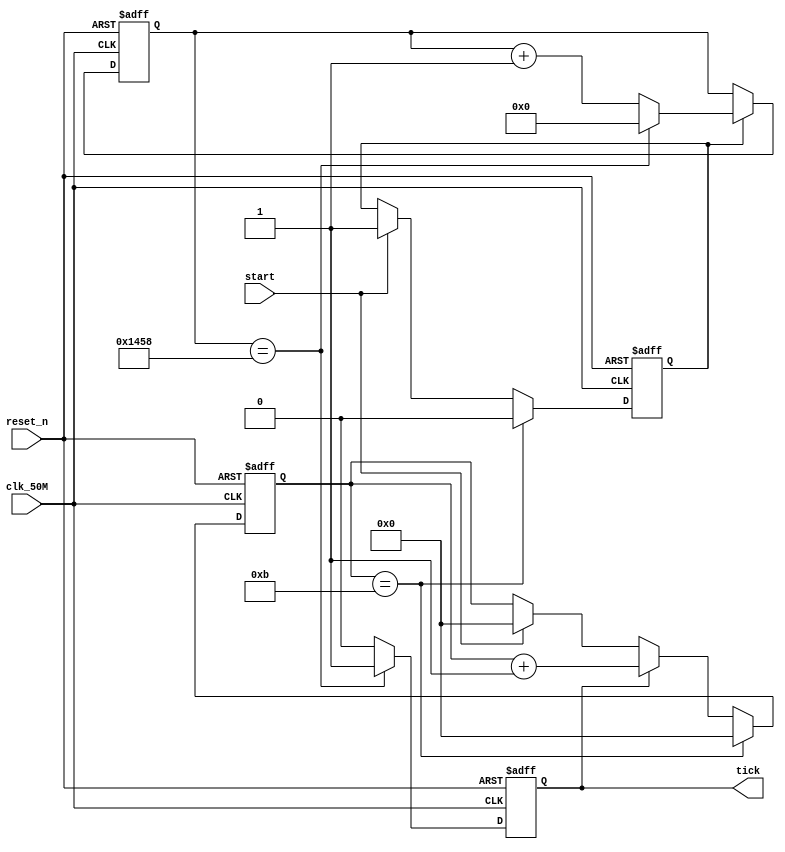
module tx_time_gen(
	input clk_50M,
	input reset_n,
	input start,		//Input for Trigger Counter
	output reg tick	//9600Hz output for tx
);	
		reg [3:0] ticked;
		reg count_enable;
		reg [12:0] counter;
		always@(posedge clk_50M,negedge reset_n)begin
			if(!reset_n) counter <= 13'd0;
			else if(count_enable)begin	//count_enable
				if(counter == 13'd5208)	counter <= 13'd0;
				else counter <= counter + 13'd1;
			end 
			else begin
				counter <= counter;
			end
		end
	
		always@(posedge clk_50M,negedge reset_n)begin
			if(!reset_n) tick <= 1'b0;
			else if(counter == 13'd5208) tick <= 1'b1;
			else tick <= 1'b0;
		end	
		
		//Monitoring
		always@(posedge clk_50M,negedge reset_n)begin
			if(!reset_n) ticked <= 4'd0;
			else if(ticked == 4'd11) ticked <= 4'd0;
			else if(tick) ticked <= ticked + 4'd1;
			else if(start) ticked <= 4'd0;
			else ticked <= ticked;
		end 
		
		always@(posedge clk_50M,negedge reset_n)begin
			if(!reset_n) count_enable <= 1'b0;
			else if(ticked == 4'd11) count_enable <= 1'b0;
			else if(start) count_enable <= 1'b1;
			else count_enable <= count_enable;
		end
		
		
endmodule